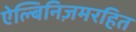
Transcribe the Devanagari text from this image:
ऐल्बिनिज़मरहित